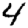
Digit: 4